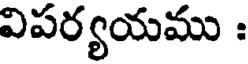
విపర్యయము :